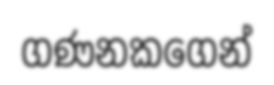
ගණනකගෙන්